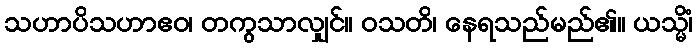
သဟာပိသဟာဧဝ၊ တကွသာလျှင်။ ဝသတိ၊ နေရသည်မည်၏။ ယသ္မိံ၊